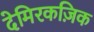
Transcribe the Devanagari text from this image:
देमिरकज़िक